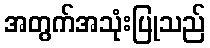
အတွက်အသုံးပြုသည်